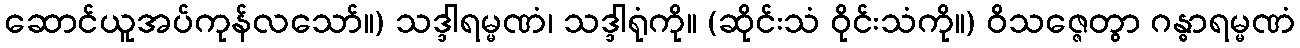
ဆောင်ယူအပ်ကုန်လသော်။) သဒ္ဒါရမ္မဏံ၊ သဒ္ဒါရုံကို။ (ဆိုင်းသံ ဝိုင်းသံကို။) ဝိသဇ္ဇေတွာ ဂန္ဓာရမ္မဏံ